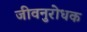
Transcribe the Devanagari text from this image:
जीवनुरोधक